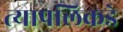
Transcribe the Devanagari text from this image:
त्यापलिकडे